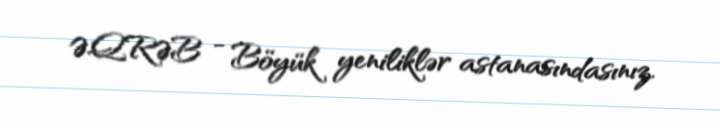
ƏQRƏB - Böyük yeniliklər astanasındasınız.